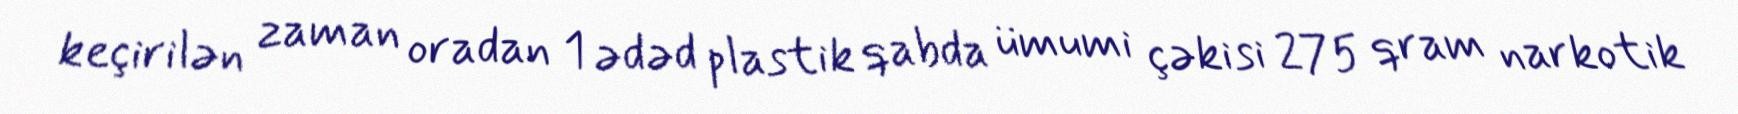
keçirilən zaman oradan 1 ədəd plastik qabda ümumi çəkisi 275 qram narkotik